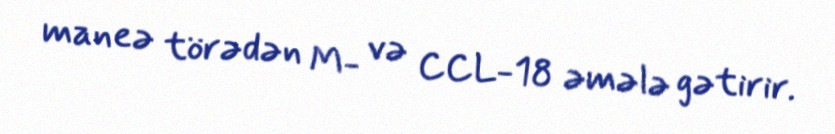
maneə törədən M- və CCL-18 əmələ gətirir.